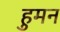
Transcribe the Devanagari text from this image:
हुमन